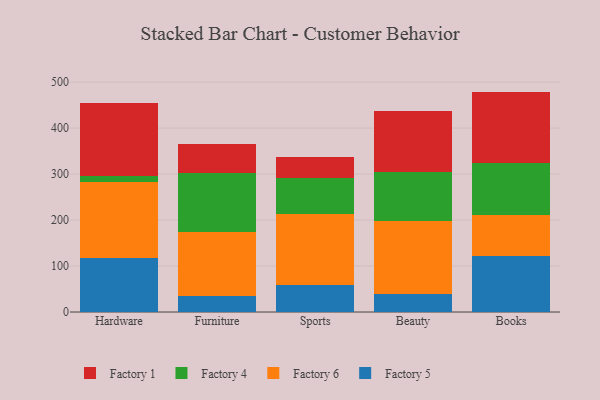
{"axis": {"x": "Category", "y": "Latency (ms)"}, "legend": ["Factory 1", "Factory 4", "Factory 5", "Factory 6"], "data": [{"x": "Hardware", "y": 116.4, "type": "Factory 5"}, {"x": "Hardware", "y": 166.2, "type": "Factory 6"}, {"x": "Hardware", "y": 13.4, "type": "Factory 4"}, {"x": "Hardware", "y": 157.5, "type": "Factory 1"}, {"x": "Furniture", "y": 34.1, "type": "Factory 5"}, {"x": "Furniture", "y": 140.6, "type": "Factory 6"}, {"x": "Furniture", "y": 127.8, "type": "Factory 4"}, {"x": "Furniture", "y": 61.8, "type": "Factory 1"}, {"x": "Sports", "y": 58.3, "type": "Factory 5"}, {"x": "Sports", "y": 155.9, "type": "Factory 6"}, {"x": "Sports", "y": 76.9, "type": "Factory 4"}, {"x": "Sports", "y": 45.3, "type": "Factory 1"}, {"x": "Beauty", "y": 38.2, "type": "Factory 5"}, {"x": "Beauty", "y": 158.9, "type": "Factory 6"}, {"x": "Beauty", "y": 107.3, "type": "Factory 4"}, {"x": "Beauty", "y": 132.6, "type": "Factory 1"}, {"x": "Books", "y": 121.7, "type": "Factory 5"}, {"x": "Books", "y": 88.5, "type": "Factory 6"}, {"x": "Books", "y": 112.9, "type": "Factory 4"}, {"x": "Books", "y": 156.2, "type": "Factory 1"}]}